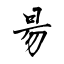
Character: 昜